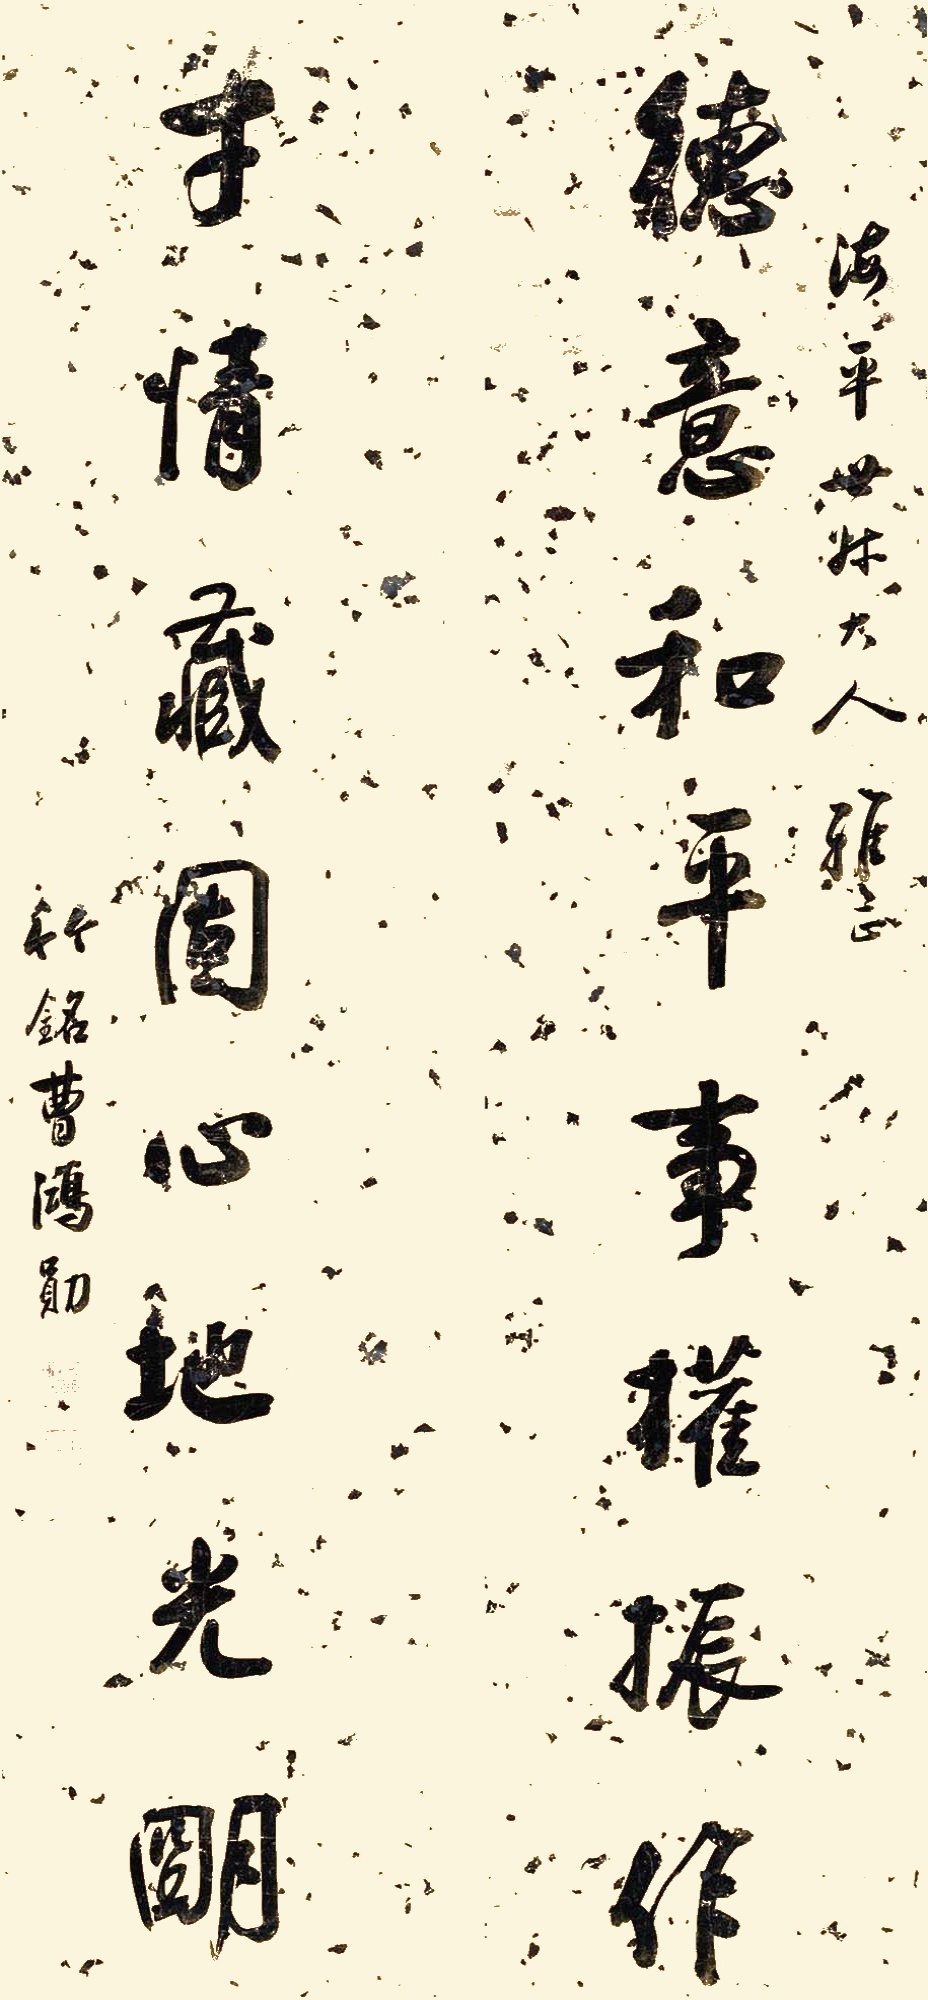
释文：德意和平事权振作，才情藏固心地光明。海平世叔大人雅正，竹铭曹鸿勋。